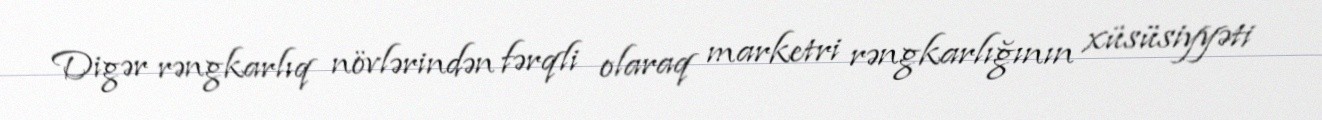
Digər rəngkarlıq növlərindən fərqli olaraq marketri rəngkarlığının xüsüsiyyəti